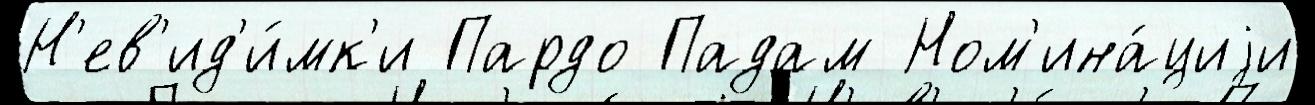
Н'ев'ид'и́мк'и Пардо Падам Ном'ина́циjи